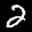
Label: 2